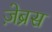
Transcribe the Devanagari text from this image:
ज़ेब्रस